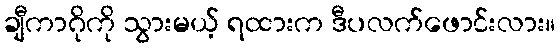
ချီကာဂိုကို သွားမယ့် ရထားက ဒီပလက်ဖောင်းလား။